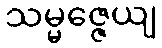
သမ္မဇ္ဇေယျ